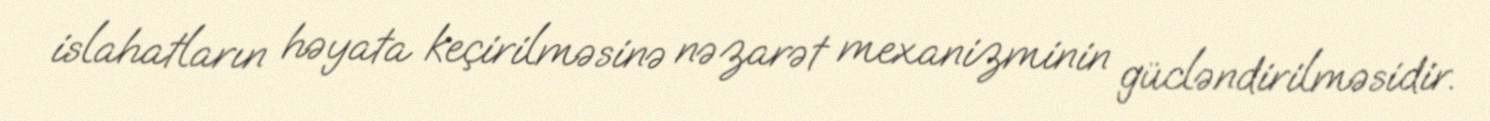
islahatların həyata keçirilməsinə nəzarət mexanizminin gücləndirilməsidir.